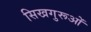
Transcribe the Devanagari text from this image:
सिखगुरूओं